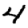
Digit: 4